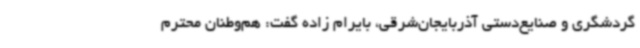
گردشگری و صنایع‌دستی آذربایجان‌شرقی، بایرام زاده گفت: هم‌وطنان محترم